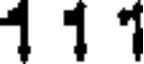
1 1 1